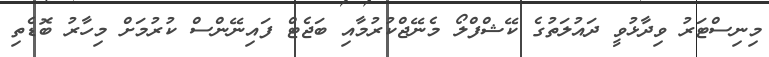
މިނިސްޓަރު ވިދާޅުވީ ދައުލަތުގެ ކޭޝްފްލޯ މެނޭޖްކުރުމާއި ބަޖެޓް ފައިނޭންސް ކުރުމަށް މިހާރު ބޮޑެތި